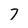
Character: 7